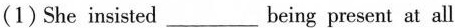
(1)She insisted___being present at all